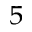
^ 5